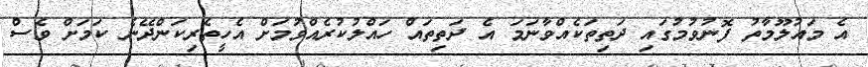
އެ މައުލޫމާތު ފޮނުވުމުގައި ދަތިތަކެއްވާނަމަ އެ ދަތިތައް ހައްލުކުރެއްވުމަށް އެހީތެރިކަންދޭނެ ކަމަށް ވެސް